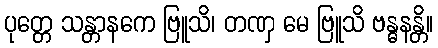
ပုတ္တေ သန္တာနကေ ဗြူသိ၊ တဏှ မေ ဗြူသိ ဗန္ဓနန္တိ။